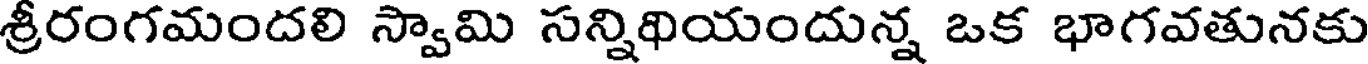
శ్రీరంగమందలి స్వామి సన్నిథియందున్న ఒక భాగవతునకు